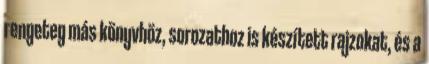
rengeteg más könyvhöz, sorozathoz is készített rajzokat, és a